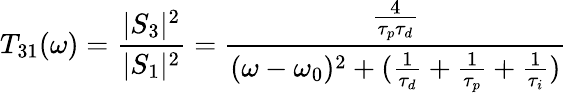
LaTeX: T_{31}(\omega)=\frac{|S_{3}|^{2}}{|S_{1}|^{2}}=\frac{\frac{4}{\tau_{p}\tau_{d}}}{(\omega-\omega_{0})^{2}+(\frac{1}{\tau_{d}}+\frac{1}{\tau_{p}}+\frac{1}{\tau_{i}})}